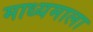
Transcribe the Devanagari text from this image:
माध्यमाला